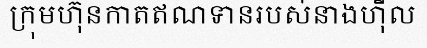
ក្រុមហ៊ុនកាតឥណទានរបស់នាងហ៊ីល